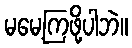
မမေ့ကြဖို့ပါဘဲ။